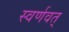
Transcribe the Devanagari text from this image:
स्वर्णवत्